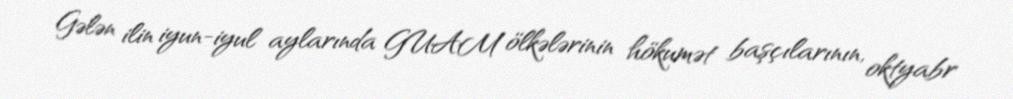
Gələn ilin iyun-iyul aylarında GUAM ölkələrinin hökumət başçılarının, oktyabr